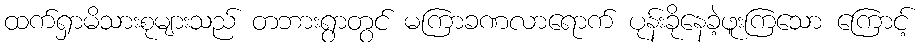
ထက်ရှာမိသားစုများသည် တဘားရွာတွင် မကြာခဏလာရောက် ပုန်းခိုနေခဲ့ဖူးကြသော ကြောင့်